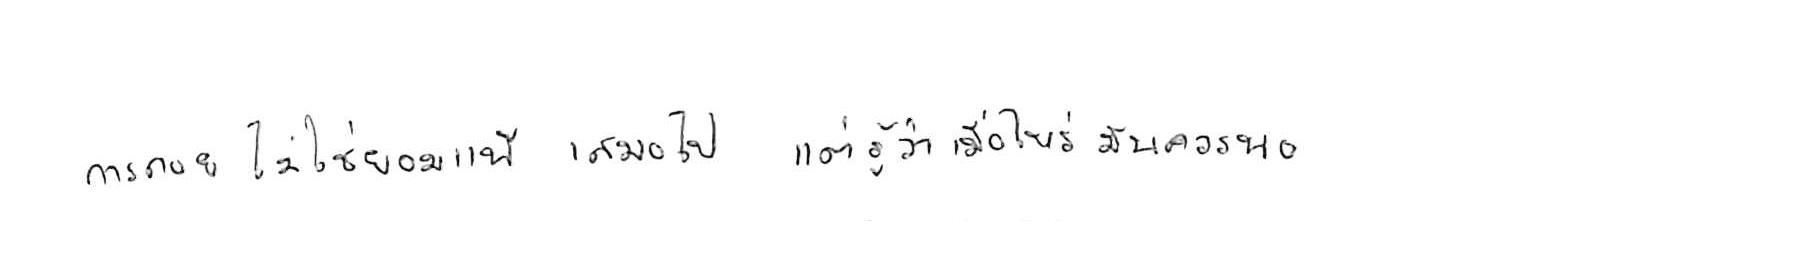
การถอย ไม่ใช่ยอมแพ้ เสมอไป แค่รู้ว่าเมื่อไหร่ มันควรพอ